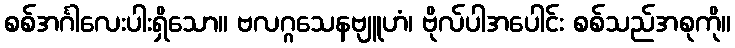
စစ်အင်္ဂါလေးပါးရှိသော။ ဗလဂ္ဂသေနဗျူဟံ၊ ဗိုလ်ပါအပေါင်း စစ်သည်အစုကို။